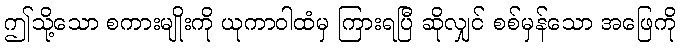
ဤသို့သော စကားမျိုးကို ယုကာဝါထံမှ ကြားရပြီ ဆိုလျှင် စစ်မှန်သော အဖြေကို